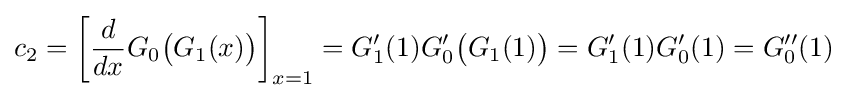
c_{2}={\biggl [}{d \over dx}G_{0}{\big (}G_{1}(x){\big )}{\biggl ]}_{x=1}=G_{1}'(1)G'_{0}{\big (}G_{1}(1){\big )}=G_{1}'(1)G'_{0}(1)=G''_{0}(1)